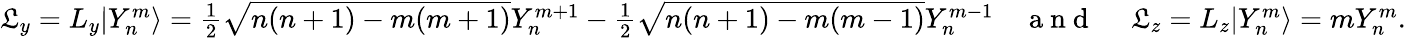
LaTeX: \begin{array}{r}{\mathfrak{L}_{y}=L_{y}|Y_{n}^{m}\rangle=\frac{1}{2}\sqrt{n(n+1)-m(m+1)}Y_{n}^{m+1}-\frac{1}{2}\sqrt{n(n+1)-m(m-1)}Y_{n}^{m-1}\quad\mathrm{~a~n~d~\ }\quad\mathfrak{L}_{z}=L_{z}|Y_{n}^{m}\rangle=mY_{n}^{m}.}\end{array}